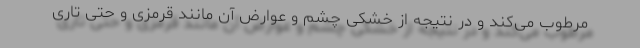
مرطوب می‌کند و در نتیجه از خشکی چشم و عوارض آن مانند قرمزی و حتی تاری